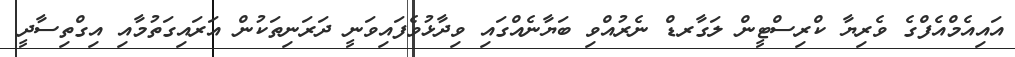
އައިއެމްއެފްގެ ވެރިޔާ ކްރިސްޓީން ލަގާރޑް ނެރުއްވި ބަޔާނެއްގައި ވިދާޅުވެފައިވަނީ ދަރަނިތަކުން އަރައިގަތުމާއި އިގްތިސާދީ